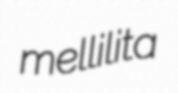
mellilita